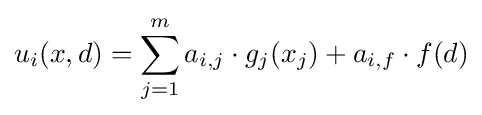
u_{i}(x,d)=\sum _{j=1}^{m}a_{i,j}\cdot g_{j}(x_{j})+a_{i,f}\cdot f(d)